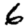
Digit: 6